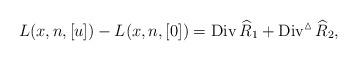
LaTeX: \begin{align*}L(x,n,[u])-L(x,n,[0])=\operatorname{Div}\widehat{R}_1+\operatorname{Div}^{\vartriangle}\widehat{R}_2,\end{align*}